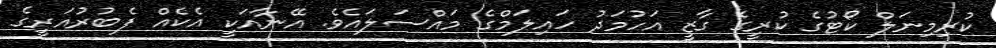
ކުރިމިނަލް ކޯޓުގެ ކުރީގެ ގާޒީ އަހުމަދު ހައިލަމްގެ މައްސަލައެވެ. އޭނާއަކީ އެކެއް ފެބުރުއަރީގެ